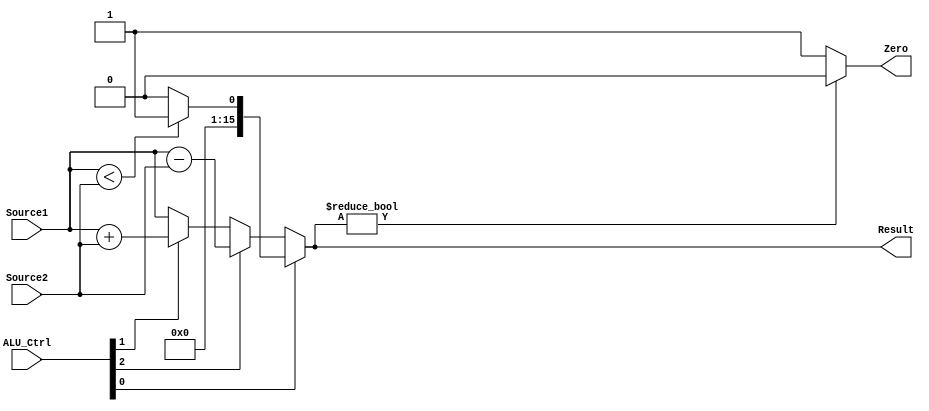
`timescale 1ns / 1ps

module ALU(Source1, Source2, ALU_Ctrl, Result, Zero);

    input [15:0] Source1;
    input [15:0] Source2;
    input [3:0] ALU_Ctrl;
    output [15:0] Result;
    output Zero;
	
	/// ALU_Ctrl  ///
	//  0010  add  //
	//  0110  sub  //
	//  0111  slt  //
	/////////////////
	
	assign Result = ALU_Ctrl[0] ? ((Source1 < Source2) ? 1 : 0) : (ALU_Ctrl[2] ? Source1 - Source2 : (ALU_Ctrl[1] ? Source1 + Source2 : Source1));
	assign Zero = Result ? 0 : 1 ;

endmodule